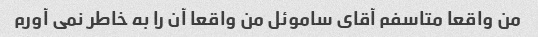
من واقعا متاسفم آقای ساموئل من واقعا آن را به خاطر نمی آورم